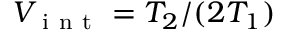
V _ { \mathrm { ~ i ~ n ~ t ~ } } = T _ { 2 } / ( 2 T _ { 1 } )